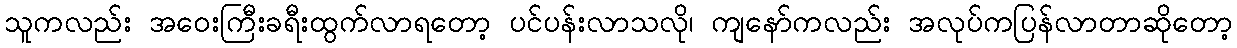
သူကလည်း အဝေးကြီးခရီးထွက်လာရတော့ ပင်ပန်းလာသလို၊ ကျနော်ကလည်း အလုပ်ကပြန်လာတာဆိုတော့